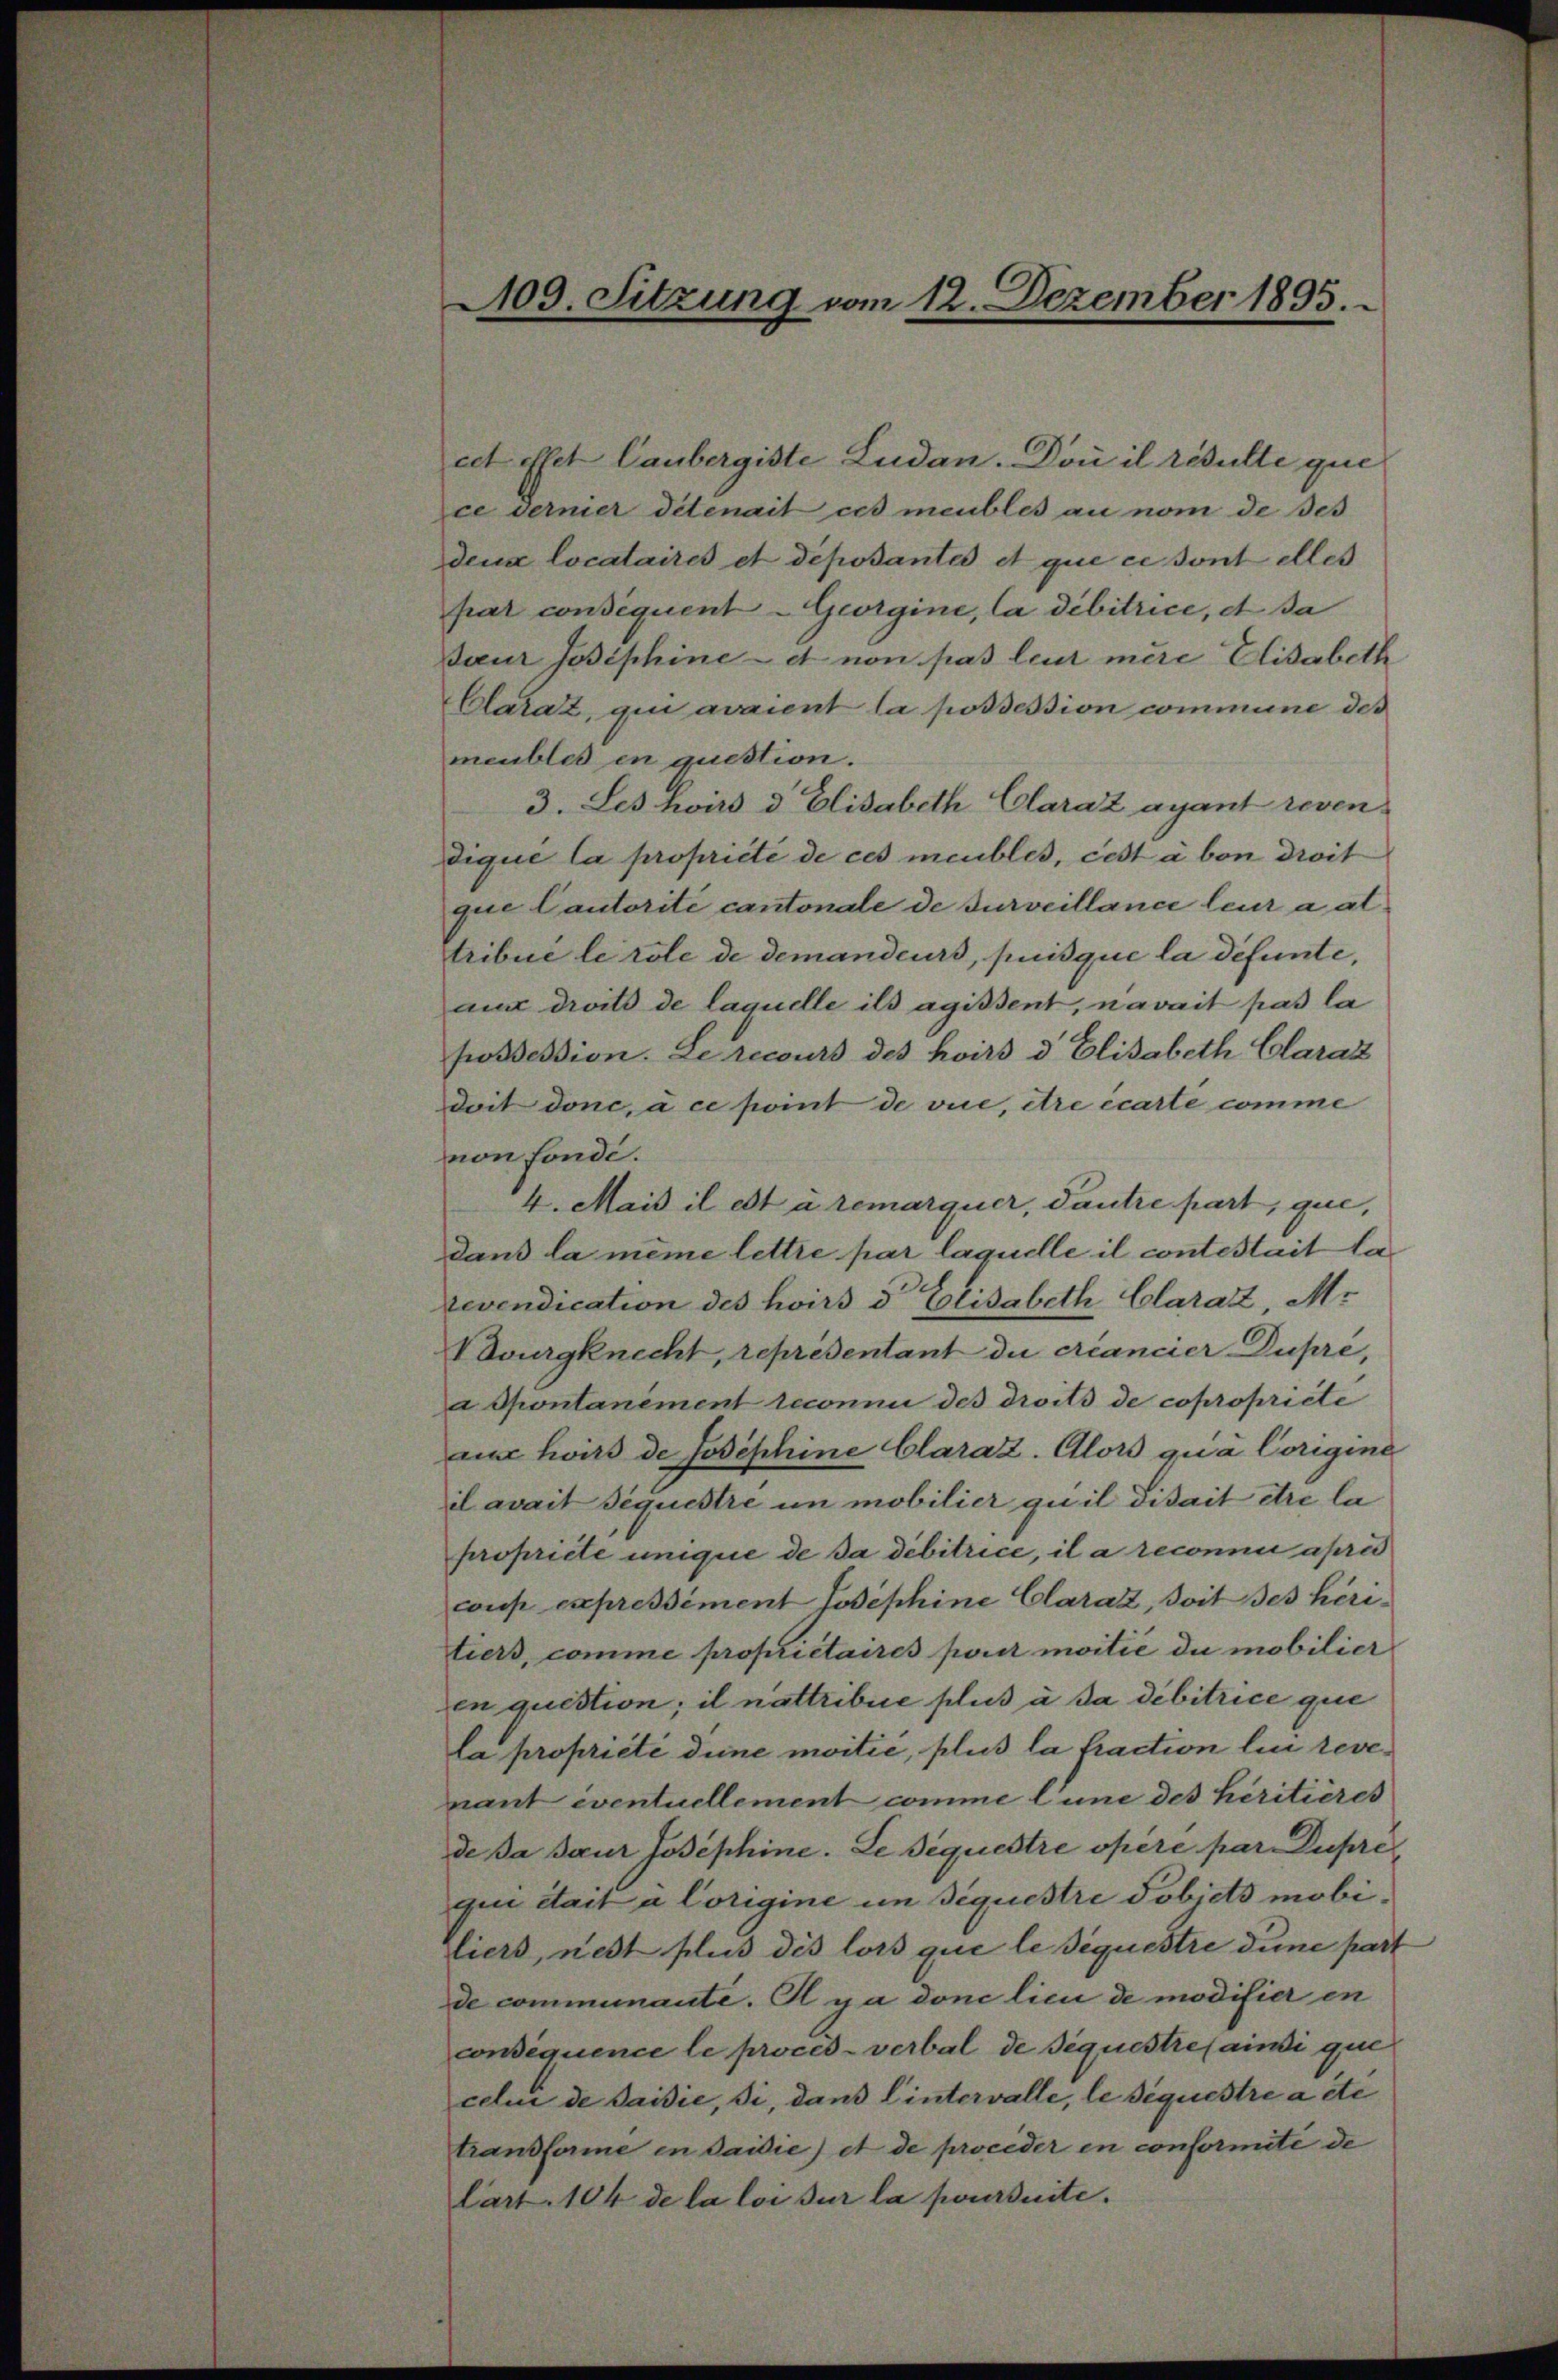
109. Sitzung vom 12. Dezember 1895.

cet Efet Laubergiste Ludan. Doni il résulte que
ce vermer détenait ces meubles au nom de Bes
dena locataires et deposantes et que ce sont elles
par consequent - Georgine, la dibitrice, et sa
Baur Josephine et non pas leur mère Elisabeth
Clarat, qui avaient la possession commune des
meubles en question.
3. Les hoirs d. Elisabeth Claraz ayant reven-
dique la propriété de ces meubles, cest à von droit
que Cautorité cantonale de surveillance leur a al
tribué le role de demandeurs, puisque la défunte,
aux droits de laquelle ils agissent, navait pas la
possession. Le recours des hoirs d. Elisabeth Claraz
doit donc, à ce point de vice, être écarte comme
mon fonde.
4. Mais il est à remarquer, Tautre part, que,
dans la meine lettre par laquelle il contestait la
revendication des hoirs der Elisabeth Claratt, Mi
Novurgknecht, représentant die créancier Dupre,
a Spontanement reconnu des droits de copropriete
aus hoirs de Josephine Claraz. Alois qua Corigine
il avait séquestre im mobilier qui il disait dre la
propriete unique de da debitrice, il a reconnu après
coup expressément Josephine Clarat, doit es heritiers, comme proprietaires pour moitié du mobilier
en question; il nattribue plus à sa dibitrice que
la propriété deine moitié, plus la fraction lin revenant eventuellement comme l’une des héritieres
de da seur Josephine. Le séquestre opéré par Dupre
gun était a Corigine im Siquestre Tobicts mobiliers, nett plus dis lors que le séquestre dunc part
de communante. Il y a done lici de modifier en
consequence le proces-verbal de séquestres ainsi que
celi de saisie, si, dans lintervalle, le diquestre a etc
trandforme in daidie) et de proceder in conformite de
lart. 104 de la loi sur la poursuite.